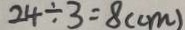
2 4 \div 3 = 8 ( c m )